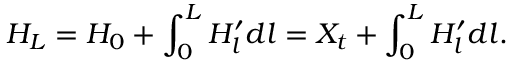
H _ { L } = H _ { 0 } + \int _ { 0 } ^ { L } H _ { l } ^ { \prime } d l = X _ { t } + \int _ { 0 } ^ { L } H _ { l } ^ { \prime } d l .